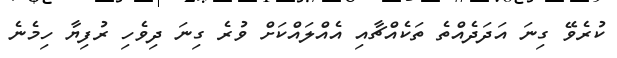
ކުރެވޭ ގިނަ އަދަދެއްތެ ތަކެއްޗާއި އެއްލައްކަށް ވުރެ ގިނަ ދިވެހި ރުފިޔާ ހިމެނެ